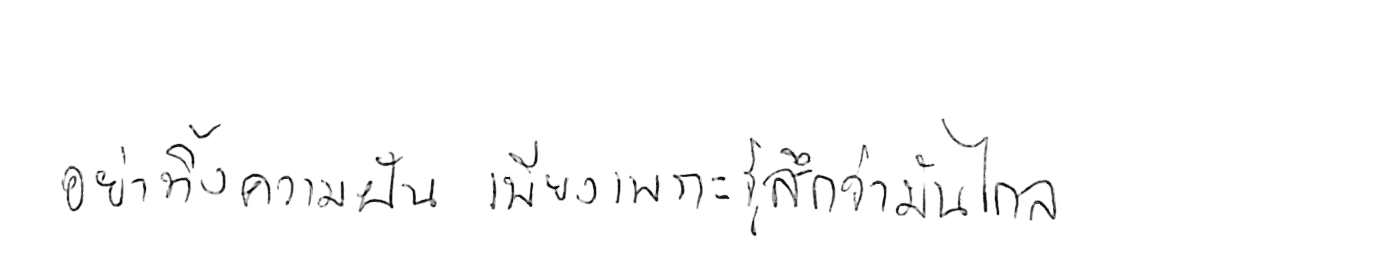
อย่าทิ้งความฝัน เพียงเพราะรู้สึกว่ามันไกล